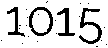
1015